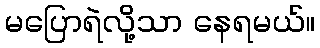
မပြောရဲလို့သာ နေရမယ်။